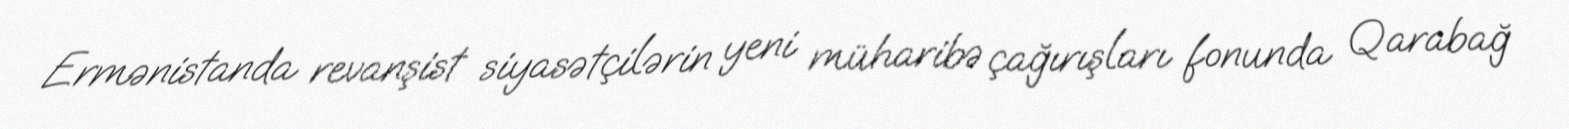
Ermənistanda revanşist siyasətçilərin yeni müharibə çağırışları fonunda Qarabağ